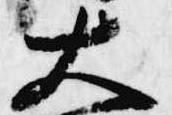
大